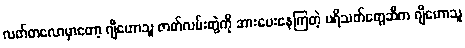
လတ်တလောမှာတော့ ဂျီဟောသူ ဇာတ်လမ်းတွဲကို အားပေးနေကြတဲ့ ပရိသတ်တွေဆီက ဂျီဟောသူ